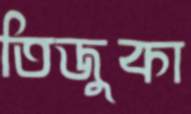
তিজুকা